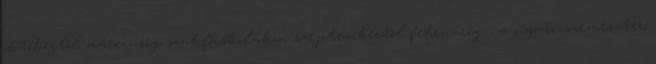
októbertől márciusig szakfőiskolákon szeptembertől februárig , a nyári szemeszter